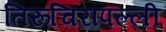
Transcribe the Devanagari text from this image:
तिरूचिरापल्‍ली